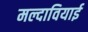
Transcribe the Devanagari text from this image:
मल्दावियाई